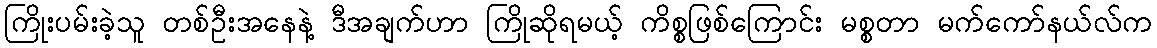
ကြိုးပမ်းခဲ့သူ တစ်ဦးအနေနဲ့ ဒီအချက်ဟာ ကြိုဆိုရမယ့် ကိစ္စဖြစ်ကြောင်း မစ္စတာ မက်ကော်နယ်လ်က